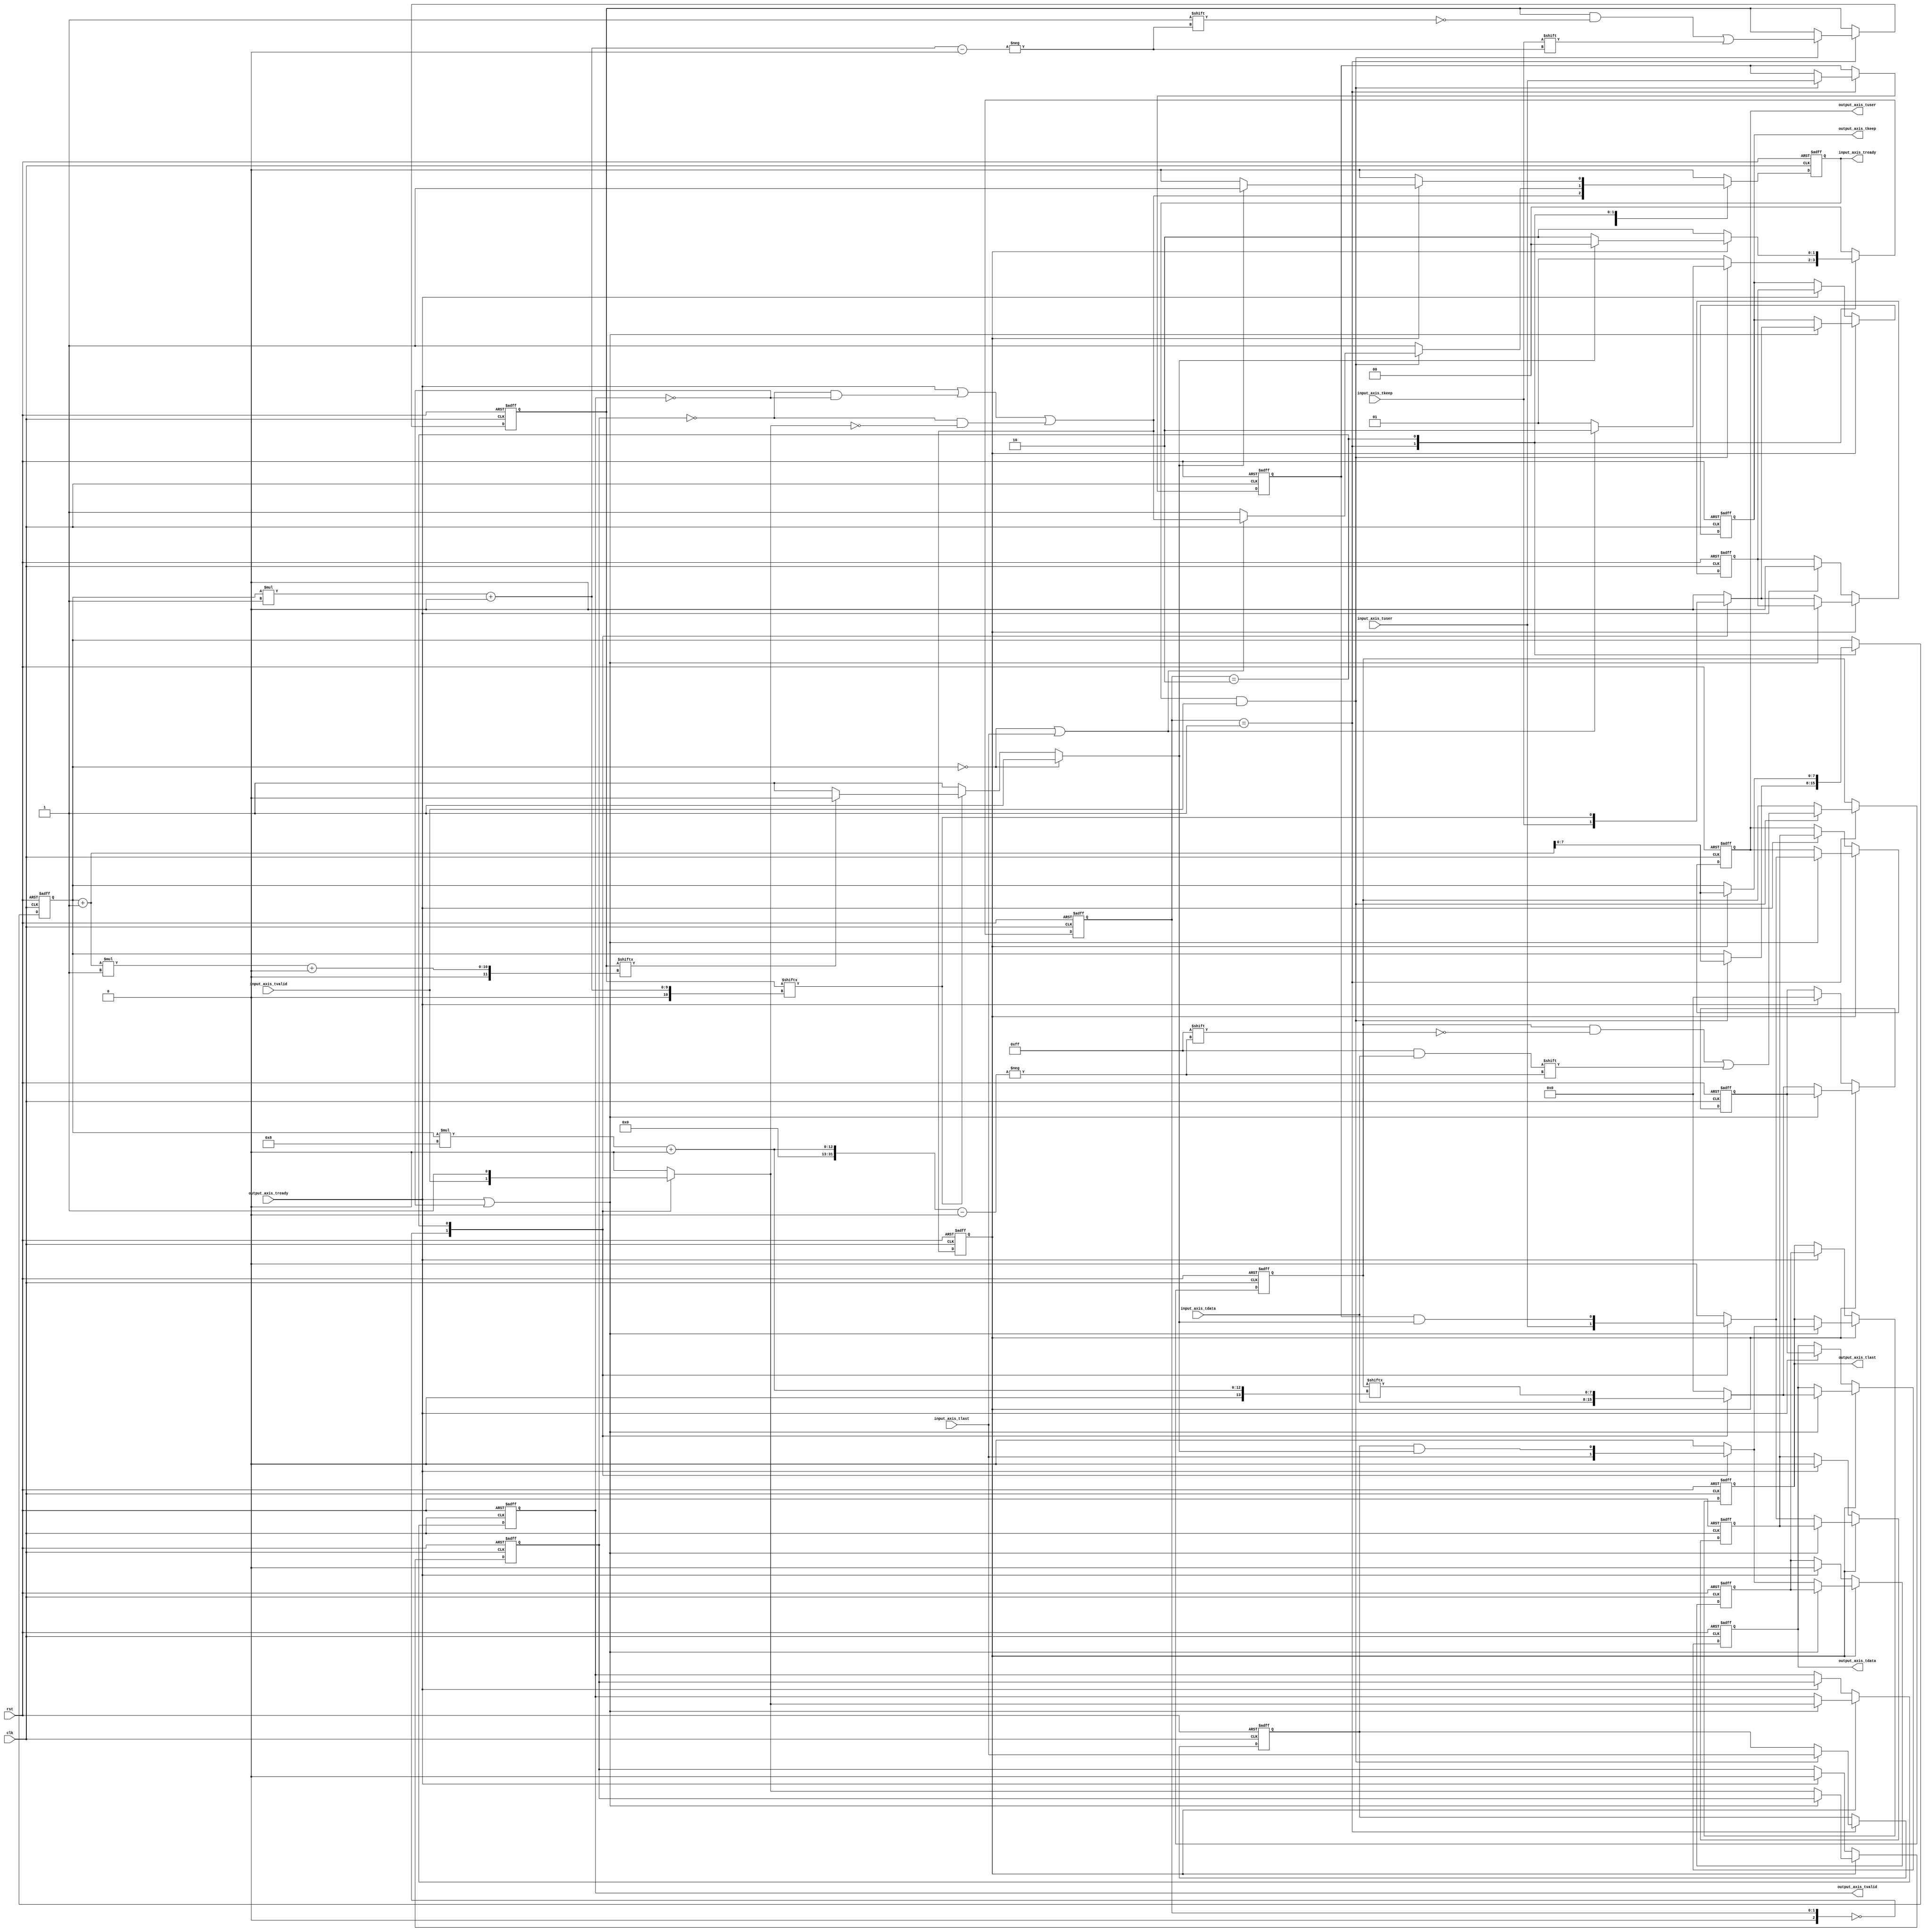
module axis_adapter #
(
    parameter INPUT_DATA_WIDTH = 8,
    parameter INPUT_KEEP_WIDTH = (INPUT_DATA_WIDTH/8),
    parameter OUTPUT_DATA_WIDTH = 8,
    parameter OUTPUT_KEEP_WIDTH = (OUTPUT_DATA_WIDTH/8)
)
(
    input  wire                          clk,
    input  wire                          rst,
    /*
     */
    input  wire [INPUT_DATA_WIDTH-1:0]   input_axis_tdata,
    input  wire [INPUT_KEEP_WIDTH-1:0]   input_axis_tkeep,
    input  wire                          input_axis_tvalid,
    output wire                          input_axis_tready,
    input  wire                          input_axis_tlast,
    input  wire                          input_axis_tuser,
    /*
     */
    output wire [OUTPUT_DATA_WIDTH-1:0]  output_axis_tdata,
    output wire [OUTPUT_KEEP_WIDTH-1:0]  output_axis_tkeep,
    output wire                          output_axis_tvalid,
    input  wire                          output_axis_tready,
    output wire                          output_axis_tlast,
    output wire                          output_axis_tuser
);
// bus word widths (must be identical)
localparam INPUT_DATA_WORD_WIDTH = INPUT_DATA_WIDTH / INPUT_KEEP_WIDTH;
localparam OUTPUT_DATA_WORD_WIDTH = OUTPUT_DATA_WIDTH / OUTPUT_KEEP_WIDTH;
// output bus is wider
localparam EXPAND_BUS = OUTPUT_KEEP_WIDTH > INPUT_KEEP_WIDTH;
// total data and keep widths
localparam DATA_WIDTH = EXPAND_BUS ? OUTPUT_DATA_WIDTH : INPUT_DATA_WIDTH;
localparam KEEP_WIDTH = EXPAND_BUS ? OUTPUT_KEEP_WIDTH : INPUT_KEEP_WIDTH;
// required number of cycles to match widths
localparam CYCLE_COUNT = EXPAND_BUS ? (OUTPUT_KEEP_WIDTH / INPUT_KEEP_WIDTH) : (INPUT_KEEP_WIDTH / OUTPUT_KEEP_WIDTH);
// data width and keep width per cycle
localparam CYCLE_DATA_WIDTH = DATA_WIDTH / CYCLE_COUNT;
localparam CYCLE_KEEP_WIDTH = KEEP_WIDTH / CYCLE_COUNT;
// bus width assertions
initial begin
    if (INPUT_DATA_WORD_WIDTH * INPUT_KEEP_WIDTH != INPUT_DATA_WIDTH) begin
        $error("Error: input data width not evenly divisble");
        $finish;
    end
    if (OUTPUT_DATA_WORD_WIDTH * OUTPUT_KEEP_WIDTH != OUTPUT_DATA_WIDTH) begin
        $error("Error: output data width not evenly divisble");
        $finish;
    end
    if (INPUT_DATA_WORD_WIDTH != OUTPUT_DATA_WORD_WIDTH) begin
        $error("Error: word width mismatch");
        $finish;
    end
end
// state register
localparam [2:0]
    STATE_IDLE = 3'd0,
    STATE_TRANSFER_IN = 3'd1,
    STATE_TRANSFER_OUT = 3'd2;
reg [2:0] state_reg = STATE_IDLE, state_next;
reg [7:0] cycle_count_reg = 0, cycle_count_next;
reg last_cycle;
reg [DATA_WIDTH-1:0] temp_tdata_reg = 0, temp_tdata_next;
reg [KEEP_WIDTH-1:0] temp_tkeep_reg = 0, temp_tkeep_next;
reg                  temp_tlast_reg = 0, temp_tlast_next;
reg                  temp_tuser_reg = 0, temp_tuser_next;
// internal datapath
reg [OUTPUT_DATA_WIDTH-1:0] output_axis_tdata_int;
reg [OUTPUT_KEEP_WIDTH-1:0] output_axis_tkeep_int;
reg                         output_axis_tvalid_int;
reg                         output_axis_tready_int = 0;
reg                         output_axis_tlast_int;
reg                         output_axis_tuser_int;
wire                        output_axis_tready_int_early;
reg input_axis_tready_reg = 0, input_axis_tready_next;
assign input_axis_tready = input_axis_tready_reg;
always @* begin
    state_next = STATE_IDLE;
    cycle_count_next = cycle_count_reg;
    temp_tdata_next = temp_tdata_reg;
    temp_tkeep_next = temp_tkeep_reg;
    temp_tlast_next = temp_tlast_reg;
    temp_tuser_next = temp_tuser_reg;
    output_axis_tdata_int = 0;
    output_axis_tkeep_int = 0;
    output_axis_tvalid_int = 0;
    output_axis_tlast_int = 0;
    output_axis_tuser_int = 0;
    input_axis_tready_next = 0;
    case (state_reg)
        STATE_IDLE: begin
            // idle state - no data in registers
            if (CYCLE_COUNT == 1) begin
                // output and input same width - just act like a register
                // accept data next cycle if output register ready next cycle
                input_axis_tready_next = output_axis_tready_int_early;
                // transfer through
                output_axis_tdata_int = input_axis_tdata;
                output_axis_tkeep_int = input_axis_tkeep;
                output_axis_tvalid_int = input_axis_tvalid;
                output_axis_tlast_int = input_axis_tlast;
                output_axis_tuser_int = input_axis_tuser;
                state_next = STATE_IDLE;
            end else if (EXPAND_BUS) begin
                // output bus is wider
                // accept new data
                input_axis_tready_next = 1;
                if (input_axis_tready & input_axis_tvalid) begin
                    // word transfer in - store it in data register
                    // pass complete input word, zero-extended to temp register
                    temp_tdata_next = input_axis_tdata;
                    temp_tkeep_next = input_axis_tkeep;
                    temp_tlast_next = input_axis_tlast;
                    temp_tuser_next = input_axis_tuser;
                    // first input cycle complete
                    cycle_count_next = 1;
                    if (input_axis_tlast) begin
                        // got last signal on first cycle, so output it
                        input_axis_tready_next = 0;
                        state_next = STATE_TRANSFER_OUT;
                    end else begin
                        // otherwise, transfer in the rest of the words
                        input_axis_tready_next = 1;
                        state_next = STATE_TRANSFER_IN;
                    end
                end else begin
                    state_next = STATE_IDLE;
                end
            end else begin
                // output bus is narrower
                // accept new data
                input_axis_tready_next = 1;
                if (input_axis_tready & input_axis_tvalid) begin
                    // word transfer in - store it in data register
                    cycle_count_next = 0;
                    // is this the last cycle?
                    if (CYCLE_COUNT == 1) begin
                        // last cycle by counter value
                        last_cycle = 1;
                    end else if (input_axis_tkeep[CYCLE_KEEP_WIDTH-1:0] != {CYCLE_KEEP_WIDTH{1'b1}}) begin
                        // last cycle by tkeep fall in current cycle
                        last_cycle = 1;
                    end else if (input_axis_tkeep[(CYCLE_KEEP_WIDTH*2)-1:CYCLE_KEEP_WIDTH] == {CYCLE_KEEP_WIDTH{1'b0}}) begin
                        // last cycle by tkeep fall at end of current cycle
                        last_cycle = 1;
                    end else begin
                        last_cycle = 0;
                    end
                    // pass complete input word, zero-extended to temp register
                    temp_tdata_next = input_axis_tdata;
                    temp_tkeep_next = input_axis_tkeep;
                    temp_tlast_next = input_axis_tlast;
                    temp_tuser_next = input_axis_tuser;
                    // short-circuit and get first word out the door
                    output_axis_tdata_int = input_axis_tdata[CYCLE_DATA_WIDTH-1:0];
                    output_axis_tkeep_int = input_axis_tkeep[CYCLE_KEEP_WIDTH-1:0];
                    output_axis_tvalid_int = 1;
                    output_axis_tlast_int = input_axis_tlast & last_cycle;
                    output_axis_tuser_int = input_axis_tuser & last_cycle;
                    if (output_axis_tready_int) begin
                        // if output register is ready for first word, then move on to the next one
                        cycle_count_next = 1;
                    end
                    if (!last_cycle || !output_axis_tready_int) begin
                        // continue outputting words
                        input_axis_tready_next = 0;
                        state_next = STATE_TRANSFER_OUT;
                    end else begin
                        state_next = STATE_IDLE;
                    end
                end else begin
                    state_next = STATE_IDLE;
                end
            end
        end
        STATE_TRANSFER_IN: begin
            // transfer word to temp registers
            // only used when output is wider
            // accept new data
            input_axis_tready_next = 1;
            if (input_axis_tready & input_axis_tvalid) begin
                // word transfer in - store in data register
                temp_tdata_next[cycle_count_reg*CYCLE_DATA_WIDTH +: CYCLE_DATA_WIDTH] = input_axis_tdata;
                temp_tkeep_next[cycle_count_reg*CYCLE_KEEP_WIDTH +: CYCLE_KEEP_WIDTH] = input_axis_tkeep;
                temp_tlast_next = input_axis_tlast;
                temp_tuser_next = input_axis_tuser;
                cycle_count_next = cycle_count_reg + 1;
                if ((cycle_count_reg == CYCLE_COUNT-1) | input_axis_tlast) begin
                    // terminated by counter or tlast signal, output complete word
                    // read input word next cycle if output will be ready
                    input_axis_tready_next = output_axis_tready_int_early;
                    state_next = STATE_TRANSFER_OUT;
                end else begin
                    // more words to read
                    input_axis_tready_next = 1;
                    state_next = STATE_TRANSFER_IN;
                end
            end else begin
                state_next = STATE_TRANSFER_IN;
            end
        end
        STATE_TRANSFER_OUT: begin
            // transfer word to output registers
            if (EXPAND_BUS) begin
                // output bus is wider
                // do not accept new data
                input_axis_tready_next = 0;
                // single-cycle output of entire stored word (output wider)
                output_axis_tdata_int = temp_tdata_reg;
                output_axis_tkeep_int = temp_tkeep_reg;
                output_axis_tvalid_int = 1;
                output_axis_tlast_int = temp_tlast_reg;
                output_axis_tuser_int = temp_tuser_reg;
                if (output_axis_tready_int) begin
                    // word transfer out
                    if (input_axis_tready & input_axis_tvalid) begin
                        // word transfer in
                        // pass complete input word, zero-extended to temp register
                        temp_tdata_next = input_axis_tdata;
                        temp_tkeep_next = input_axis_tkeep;
                        temp_tlast_next = input_axis_tlast;
                        temp_tuser_next = input_axis_tuser;
                        // first input cycle complete
                        cycle_count_next = 1;
                        if (input_axis_tlast) begin
                            // got last signal on first cycle, so output it
                            input_axis_tready_next = 0;
                            state_next = STATE_TRANSFER_OUT;
                        end else begin
                            // otherwise, transfer in the rest of the words
                            input_axis_tready_next = 1;
                            state_next = STATE_TRANSFER_IN;
                        end
                    end else begin
                        input_axis_tready_next = 1;
                        state_next = STATE_IDLE;
                    end
                end else begin
                    state_next = STATE_TRANSFER_OUT;
                end
            end else begin
                // output bus is narrower
                // do not accept new data
                input_axis_tready_next = 0;
                // is this the last cycle?
                if (cycle_count_reg == CYCLE_COUNT-1) begin
                    // last cycle by counter value
                    last_cycle = 1;
                end else if (temp_tkeep_reg[cycle_count_reg*CYCLE_KEEP_WIDTH +: CYCLE_KEEP_WIDTH] != {CYCLE_KEEP_WIDTH{1'b1}}) begin
                    // last cycle by tkeep fall in current cycle
                    last_cycle = 1;
                end else if (temp_tkeep_reg[(cycle_count_reg+1)*CYCLE_KEEP_WIDTH +: CYCLE_KEEP_WIDTH] == {CYCLE_KEEP_WIDTH{1'b0}}) begin
                    // last cycle by tkeep fall at end of current cycle
                    last_cycle = 1;
                end else begin
                    last_cycle = 0;
                end
                // output current part of stored word (output narrower)
                output_axis_tdata_int = temp_tdata_reg[cycle_count_reg*CYCLE_DATA_WIDTH +: CYCLE_DATA_WIDTH];
                output_axis_tkeep_int = temp_tkeep_reg[cycle_count_reg*CYCLE_KEEP_WIDTH +: CYCLE_KEEP_WIDTH];
                output_axis_tvalid_int = 1;
                output_axis_tlast_int = temp_tlast_reg & last_cycle;
                output_axis_tuser_int = temp_tuser_reg & last_cycle;
                if (output_axis_tready_int) begin
                    // word transfer out
                    cycle_count_next = cycle_count_reg + 1;
                    if (last_cycle) begin
                        // terminated by counter or tlast signal
                        input_axis_tready_next = 1;
                        state_next = STATE_IDLE;
                    end else begin
                        // more words to write
                        state_next = STATE_TRANSFER_OUT;
                    end
                end else begin
                    state_next = STATE_TRANSFER_OUT;
                end
            end
        end
    endcase
end
always @(posedge clk or posedge rst) begin
    if (rst) begin
        state_reg <= STATE_IDLE;
        cycle_count_reg <= 0;
        temp_tdata_reg <= 0;
        temp_tkeep_reg <= 0;
        temp_tlast_reg <= 0;
        temp_tuser_reg <= 0;
        input_axis_tready_reg <= 0;
    end else begin
        state_reg <= state_next;
        input_axis_tready_reg <= input_axis_tready_next;
        temp_tdata_reg <= temp_tdata_next;
        temp_tkeep_reg <= temp_tkeep_next;
        temp_tlast_reg <= temp_tlast_next;
        temp_tuser_reg <= temp_tuser_next;
        cycle_count_reg <= cycle_count_next;
    end
end
// output datapath logic
reg [OUTPUT_DATA_WIDTH-1:0] output_axis_tdata_reg = 0;
reg [OUTPUT_KEEP_WIDTH-1:0] output_axis_tkeep_reg = 0;
reg                         output_axis_tvalid_reg = 0;
reg                         output_axis_tlast_reg = 0;
reg                         output_axis_tuser_reg = 0;
reg [OUTPUT_DATA_WIDTH-1:0] temp_axis_tdata_reg = 0;
reg [OUTPUT_KEEP_WIDTH-1:0] temp_axis_tkeep_reg = 0;
reg                         temp_axis_tvalid_reg = 0;
reg                         temp_axis_tlast_reg = 0;
reg                         temp_axis_tuser_reg = 0;
assign output_axis_tdata = output_axis_tdata_reg;
assign output_axis_tkeep = output_axis_tkeep_reg;
assign output_axis_tvalid = output_axis_tvalid_reg;
assign output_axis_tlast = output_axis_tlast_reg;
assign output_axis_tuser = output_axis_tuser_reg;
// enable ready input next cycle if output is ready or if there is space in both output registers or if there is space in the temp register that will not be filled next cycle
assign output_axis_tready_int_early = output_axis_tready | (~temp_axis_tvalid_reg & ~output_axis_tvalid_reg) | (~temp_axis_tvalid_reg & ~output_axis_tvalid_int);
always @(posedge clk or posedge rst) begin
    if (rst) begin
        output_axis_tdata_reg <= 0;
        output_axis_tkeep_reg <= 0;
        output_axis_tvalid_reg <= 0;
        output_axis_tlast_reg <= 0;
        output_axis_tuser_reg <= 0;
        output_axis_tready_int <= 0;
        temp_axis_tdata_reg <= 0;
        temp_axis_tkeep_reg <= 0;
        temp_axis_tvalid_reg <= 0;
        temp_axis_tlast_reg <= 0;
        temp_axis_tuser_reg <= 0;
    end else begin
        // transfer sink ready state to source
        output_axis_tready_int <= output_axis_tready_int_early;
        if (output_axis_tready_int) begin
            // input is ready
            if (output_axis_tready | ~output_axis_tvalid_reg) begin
                // output is ready or currently not valid, transfer data to output
                output_axis_tdata_reg <= output_axis_tdata_int;
                output_axis_tkeep_reg <= output_axis_tkeep_int;
                output_axis_tvalid_reg <= output_axis_tvalid_int;
                output_axis_tlast_reg <= output_axis_tlast_int;
                output_axis_tuser_reg <= output_axis_tuser_int;
            end else begin
                // output is not ready and currently valid, store input in temp
                temp_axis_tdata_reg <= output_axis_tdata_int;
                temp_axis_tkeep_reg <= output_axis_tkeep_int;
                temp_axis_tvalid_reg <= output_axis_tvalid_int;
                temp_axis_tlast_reg <= output_axis_tlast_int;
                temp_axis_tuser_reg <= output_axis_tuser_int;
            end
        end else if (output_axis_tready) begin
            // input is not ready, but output is ready
            output_axis_tdata_reg <= temp_axis_tdata_reg;
            output_axis_tkeep_reg <= temp_axis_tkeep_reg;
            output_axis_tvalid_reg <= temp_axis_tvalid_reg;
            output_axis_tlast_reg <= temp_axis_tlast_reg;
            output_axis_tuser_reg <= temp_axis_tuser_reg;
            temp_axis_tdata_reg <= 0;
            temp_axis_tkeep_reg <= 0;
            temp_axis_tvalid_reg <= 0;
            temp_axis_tlast_reg <= 0;
            temp_axis_tuser_reg <= 0;
        end
    end
end
endmodule